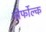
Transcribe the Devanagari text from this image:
नोर्फोल्क